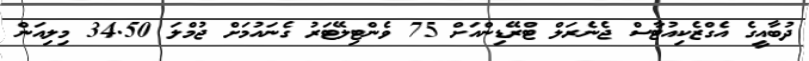
ދުބާއީގެ އެގްޒެކިއުޓާސް ޖެނެރަލް ޓްރޭޑިންއަށް 75 ވެންޓިލޭޓަރު ގެނައުމަށް ޖުމްލަ 34.50 މިލިއަން